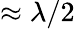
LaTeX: \approx\lambda/2